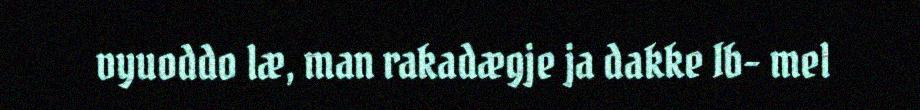
vyuoddo læ, man rakadægje ja dakke Ib- mel